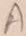
Text: A